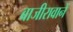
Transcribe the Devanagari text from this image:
बाजीरावानें